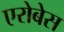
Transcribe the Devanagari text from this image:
एरोबेस